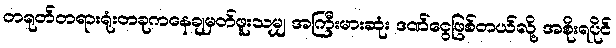
တရုတ်တရားရုံးတခုကနေချမှတ်ဖူးသမျှ အကြီးမားဆုံး ဒဏ်ငွေဖြစ်တယ်လို့ အစိုးရပိုင်